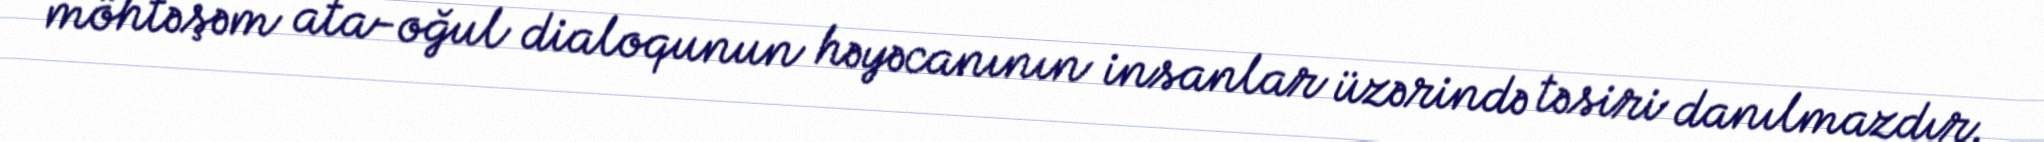
möhtəşəm ata-oğul dialoqunun həyəcanının insanlar üzərində təsiri danılmazdır.